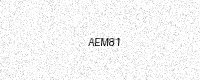
Text: AEM81